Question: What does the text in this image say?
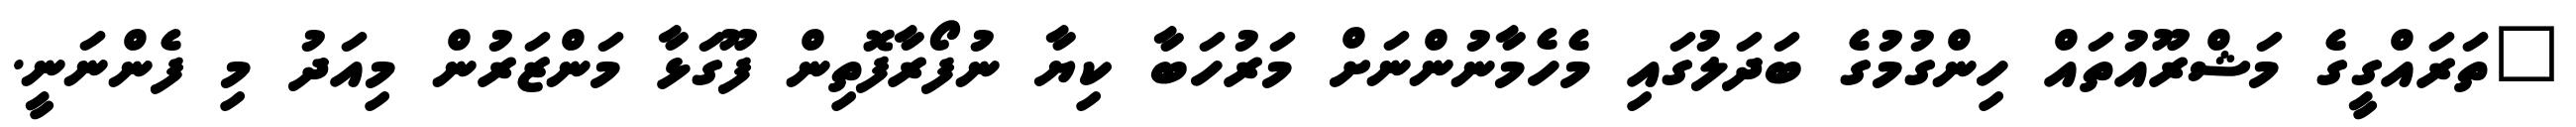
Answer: "ތަރައްގީގެ މަޝްރޫއުތައް ހިންގުމުގެ ބަދަލުގައި މެހެމާނުންނަށް މަރުހަބާ ކިޔާ ނުފޯރާފޮތިން ފޫގަޅާ މަންޒަރުން މިއަދު މި ފެންނަނީ.